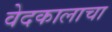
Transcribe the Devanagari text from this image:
वेदकालाचा